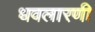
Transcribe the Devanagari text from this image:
धवलारणी